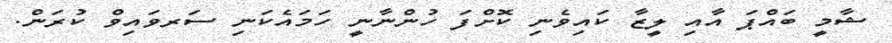
ޝާމީ ބައްޕަ އާއި ލީޒާ ކައިވެނި ކޮށްފަ ހުންނާނީ ހަމައެކަނި ސަރވައިވް ކުރަން.